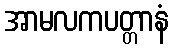
အာမလကပတ္တာနံ